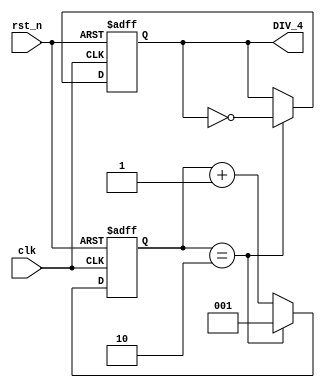
module FD_4 (
    input clk,
	input rst_n,
	output reg DIV_4
);
    reg [2:0] cnt_tmp;
    reg clk_tmp;
    reg [2:0] cnt;

    always @(*) begin
        if(cnt == (3'd4 >> 1)) begin
            cnt_tmp <= 3'b1;
            clk_tmp <= ~DIV_4;
        end else begin
            cnt_tmp <= cnt + 1;
            clk_tmp <= DIV_4;
        end
    end

    always @(posedge clk or negedge rst_n) begin
        if(~rst_n) begin
            cnt <= 3'b0;
            DIV_4 <= 1'b0;
        end else begin
            cnt <= cnt_tmp;
            DIV_4 <= clk_tmp;
        end
    end
endmodule